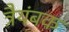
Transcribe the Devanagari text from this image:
त्रैयंबक